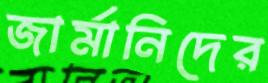
জার্মানিদের